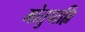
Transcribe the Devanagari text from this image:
मोतुपाल्लि